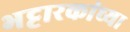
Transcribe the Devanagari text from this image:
भट्टारकांच्या